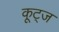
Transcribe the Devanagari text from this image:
कूट्ज